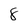
Character: 8